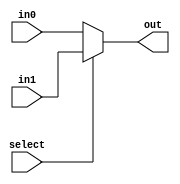
module mux_2_8(select, in0, in1, out);
	input select;
	input [7:0] in0, in1;
	output [7:0] out;
	assign out = select ? in1 : in0;
endmodule